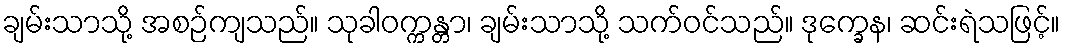
ချမ်းသာသို့ အစဉ်ကျသည်။ သုခါဝက္ကန္တာ၊ ချမ်းသာသို့ သက်ဝင်သည်။ ဒုက္ခေန၊ ဆင်းရဲသဖြင့်။